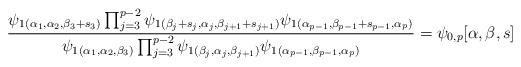
LaTeX: \begin{align*}\frac{\psi_1{}_{(\alpha_1,\alpha_2,\beta_3+s_3)}\prod_{j=3}^{p-2}\psi_1{}_{(\beta_j+s_{j},\alpha_j,\beta_{j+1}+s_{j+1})}\psi_1{}_{(\alpha_{p-1},\beta_{p-1}+s_{p-1},\alpha_p)}}{\psi_1{}_{(\alpha_1,\alpha_2,\beta_3)}\prod_{j=3}^{p-2}\psi_1{}_{(\beta_j,\alpha_j,\beta_{j+1})}\psi_1{}_{(\alpha_{p-1},\beta_{p-1},\alpha_p)}}= \psi_{0,p}[\alpha,\beta,s]\end{align*}